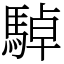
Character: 䮓